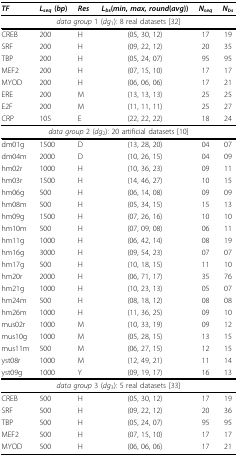
<table><thead><tr><td><b><i>TF</i></b></td><td><b><i>L<sub>seq </sub></i>(<i>bp</i>)</b></td><td><b><i>Res</i></b></td><td><b><i>L<sub>bs</sub></i>(<i>min</i>, <i>max</i>, <i>round</i>(<i>avg</i>))</b></td><td><b><i>N<sub>seq</sub></i></b></td><td><b><i>N<sub>bs</sub></i></b></td></tr></thead><tbody><tr><td colspan="6"><i>data group </i>1 (<i>dg</i><sub>1</sub>): 8 real datasets [32]</td></tr><tr><td>CREB</td><td>200</td><td>H</td><td>(05, 30, 12)</td><td>17</td><td>19</td></tr><tr><td>SRF</td><td>200</td><td>H</td><td>(09, 22, 12)</td><td>20</td><td>35</td></tr><tr><td>TBP</td><td>200</td><td>H</td><td>(05, 24, 07)</td><td>95</td><td>95</td></tr><tr><td>MEF2</td><td>200</td><td>H</td><td>(07, 15, 10)</td><td>17</td><td>17</td></tr><tr><td>MYOD</td><td>200</td><td>H</td><td>(06, 06, 06)</td><td>17</td><td>21</td></tr><tr><td>ERE</td><td>200</td><td>M</td><td>(13, 13, 13)</td><td>25</td><td>25</td></tr><tr><td>E2F</td><td>200</td><td>M</td><td>(11, 11, 11)</td><td>25</td><td>27</td></tr><tr><td>CRP</td><td>105</td><td>E</td><td>(22, 22, 22)</td><td>18</td><td>24</td></tr><tr><td colspan="6"><i>data group </i>2 (<i>dg</i><sub>2</sub>): 20 artificial datasets [10]</td></tr><tr><td>dm01g</td><td>1500</td><td>D</td><td>(13, 28, 20)</td><td>04</td><td>07</td></tr><tr><td>dm04m</td><td>2000</td><td>D</td><td>(10, 26, 15)</td><td>04</td><td>09</td></tr><tr><td>hm02r</td><td>1000</td><td>H</td><td>(10, 36, 23)</td><td>09</td><td>11</td></tr><tr><td>hm03r</td><td>1500</td><td>H</td><td>(14, 46, 27)</td><td>10</td><td>15</td></tr><tr><td>hm06g</td><td>500</td><td>H</td><td>(06, 14, 08)</td><td>09</td><td>09</td></tr><tr><td>hm08m</td><td>500</td><td>H</td><td>(05, 34, 15)</td><td>15</td><td>13</td></tr><tr><td>hm09g</td><td>1500</td><td>H</td><td>(07, 26, 16)</td><td>10</td><td>10</td></tr><tr><td>hm10m</td><td>500</td><td>H</td><td>(07, 09, 08)</td><td>06</td><td>11</td></tr><tr><td>hm11g</td><td>1000</td><td>H</td><td>(06, 42, 14)</td><td>08</td><td>19</td></tr><tr><td>hm16g</td><td>3000</td><td>H</td><td>(09, 54, 23)</td><td>07</td><td>07</td></tr><tr><td>hm17g</td><td>500</td><td>H</td><td>(10, 18, 15)</td><td>11</td><td>10</td></tr><tr><td>hm20r</td><td>2000</td><td>H</td><td>(06, 71, 17)</td><td>35</td><td>76</td></tr><tr><td>hm21g</td><td>1000</td><td>H</td><td>(10, 23, 13)</td><td>05</td><td>07</td></tr><tr><td>hm24m</td><td>500</td><td>H</td><td>(08, 18, 12)</td><td>08</td><td>08</td></tr><tr><td>hm26m</td><td>1000</td><td>H</td><td>(11, 36, 25)</td><td>09</td><td>10</td></tr><tr><td>mus02r</td><td>1000</td><td>M</td><td>(10, 33, 19)</td><td>09</td><td>12</td></tr><tr><td>mus10g</td><td>1000</td><td>M</td><td>(05, 28, 15)</td><td>13</td><td>15</td></tr><tr><td>mus11m</td><td>500</td><td>M</td><td>(06, 27, 15)</td><td>12</td><td>15</td></tr><tr><td>yst08r</td><td>1000</td><td>M</td><td>(12, 49, 21)</td><td>11</td><td>14</td></tr><tr><td>yst09g</td><td>1000</td><td>Y</td><td>(09, 19, 17)</td><td>16</td><td>13</td></tr><tr><td colspan="6"><i>data group </i>3 (<i>dg</i><sub>3</sub>): 5 real datasets [33]</td></tr><tr><td>CREB</td><td>500</td><td>H</td><td>(05, 30, 12)</td><td>17</td><td>19</td></tr><tr><td>SRF</td><td>500</td><td>H</td><td>(09, 22, 12)</td><td>20</td><td>36</td></tr><tr><td>TBP</td><td>500</td><td>H</td><td>(05, 24, 07)</td><td>95</td><td>95</td></tr><tr><td>MEF2</td><td>500</td><td>H</td><td>(07, 15, 10)</td><td>17</td><td>17</td></tr><tr><td>MYOD</td><td>500</td><td>H</td><td>(06, 06, 06)</td><td>17</td><td>21</td></tr></tbody></table>